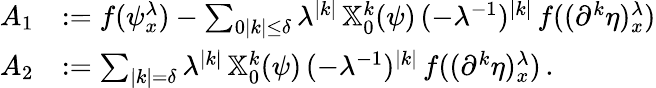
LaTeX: \begin{array}{rl}{A_{1}}&{:=f(\psi_{x}^{\lambda})-\sum_{0\le|k|\leq\delta}\lambda^{|k|}\, \mathbb{X}_{0}^{k}(\psi)\, (-\lambda^{-1})^{|k|}\, f((\partial^{k}\eta)_{x}^{\lambda})}\\ {A_{2}}&{:=\sum_{|k|=\delta}\lambda^{|k|}\, \mathbb{X}_{0}^{k}(\psi)\, (-\lambda^{-1})^{|k|}\, f((\partial^{k}\eta)_{x}^{\lambda})\, .}\end{array}